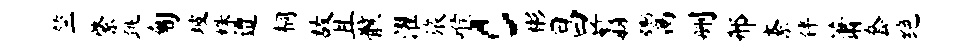
竺綮跳匍坡株遭桐故且骸濯旅喉c彬昌翦鬻删邢紊伴萧套绝